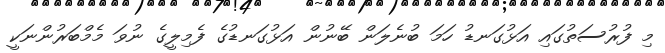
މި ފުރުސަތުގައި އަޅުގަނޑު ހަމަ ބުނެލަން ބޭނުން އަޅުގަނޑުގެ ފެމިލީގެ ނުވަ މެމްބަރުންނަކީ